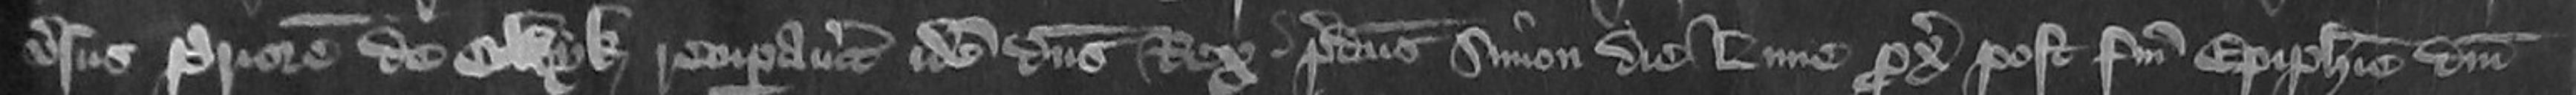
versus Priorem de Colwyk recuperaverit idem dominus Rex predictus Simon die Lune proximo post Festum Epiphanie Domini